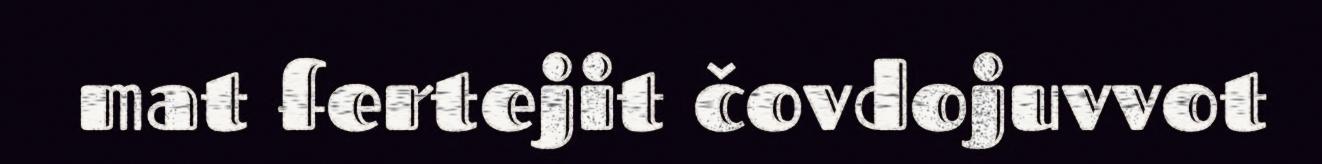
mat fertejit čovdojuvvot